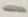
Text: 1